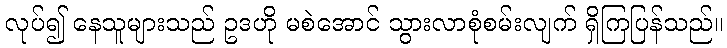
လုပ်၍ နေသူများသည် ဥဒဟို မစဲအောင် သွားလာစုံစမ်းလျက် ရှိကြပြန်သည်။